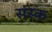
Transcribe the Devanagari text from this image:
संस्क